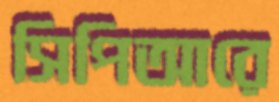
সিপিআরে